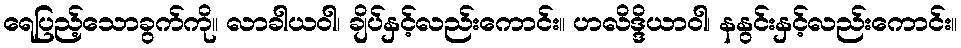
ရေပြည့်သောခွက်ကို။ လာခါယဝါ၊ ချိပ်နှင့်လည်းကောင်း။ ဟလိဒ္ဒိယာဝါ၊ နနွင်းနှင့်လည်းကောင်း။